Senior Leaving Certificate Examination (including Day School Certificate (Higher) General paper), 1947
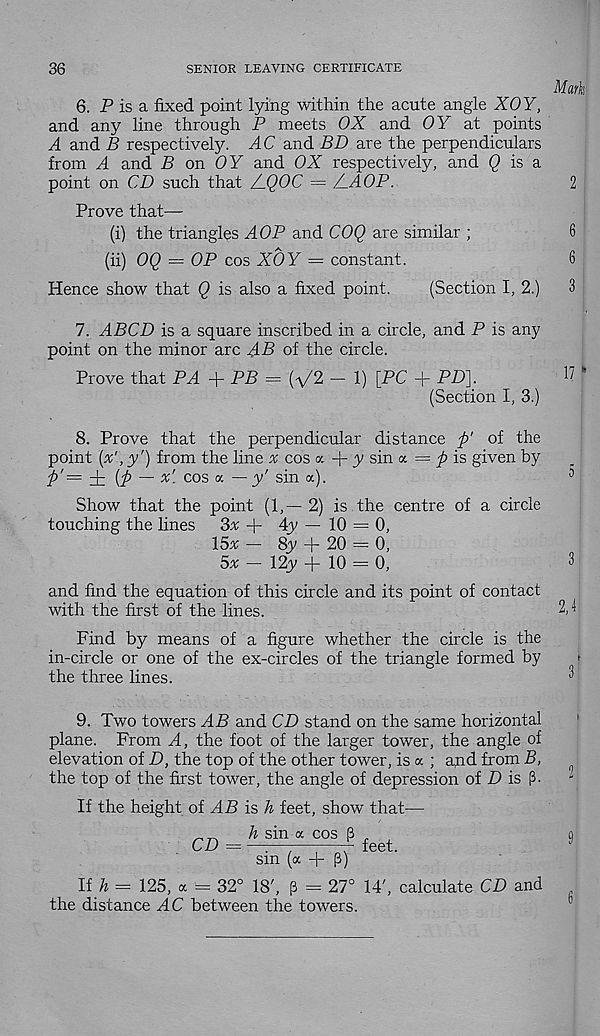
36
SENIOR LEAVING CERTIFICATE
Mark
6. P is a fixed point lying within the acute angle XOY,
and any line through P meets OX and OY at points
A and B respectively. AC and BD are the perpendiculars
from A and B on OY and OX respectively, and Q is a
point on CD such that AQOC = AAOP.
2
Prove that—
(i) the triangles AOP and COQ are similar ;
6
(ii) OQ = OP cos XOY = constant.
6
Hence show that Q is also a fixed point.
(Section I, 2.)
3
7. ABCD is a square inscribed in a circle, and P is any
point on the minor arc AB of the circle.
Prove that PA + PB = (V2 - 1) [PC + PD],
17
(Section I, 3.)
8. Prove that the perpendicular distance ft' of the
point (x', y') from the line ^ cos a + y sin a = ^ is given by
ft'= i {ft — x '- c°s «■ — y' sin a).
0
Show that the point (1,-2) is the centre of a circle
touching the lines
3# + 4y — 10 = 0,
I5x — 8y + 20 = 0,
5x - \2y + 10-0,
3
and find the equation of this circle and its point of contact
with the first of the lines.
2,1
Find by means of a figure whether the circle is the
in-circle or one of the ex-circles of the triangle formed by
the three lines.
^
9. Two towers AB and CD stand on the same horizontal
plane. From A, the foot of the larger tower, the angle of
elevation of D, the top of the other tower, is « ; apd from B,
the top of the first tower, the angle of depression of D is P-
If the height of AB is h feet, show that—
CD
h sin a cos p .
—:—:
r feet
sm (a + p)
li h = 125, « = 32° 18', p - 27° 14', calculate CD and
the distance AC between the towers.
2
9
6